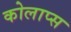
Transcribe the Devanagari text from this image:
कोलाप्स